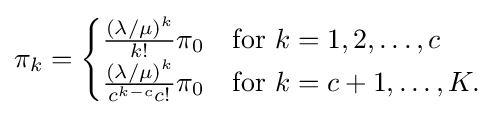
\pi _{k}={\begin{cases}{\frac {(\lambda /\mu )^{k}}{k!}}\pi _{0}&{\text{for }}k=1,2,\ldots ,c\\{\frac {(\lambda /\mu )^{k}}{c^{k-c}c!}}\pi _{0}&{\text{for }}k=c+1,\ldots ,K.\end{cases}}